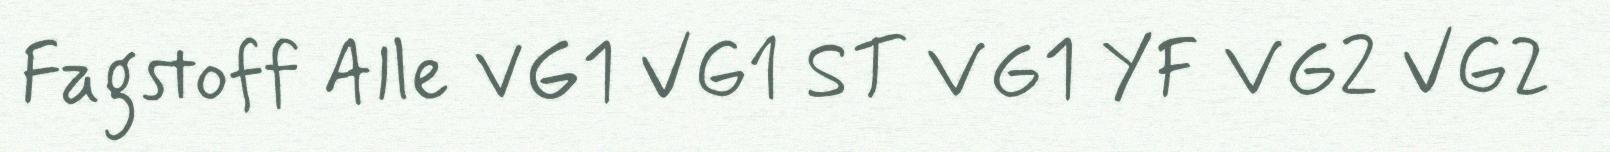
Fagstoff Alle VG1 VG1 ST VG1 YF VG2 VG2